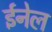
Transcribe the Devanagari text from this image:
ईनेल